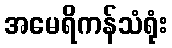
အမေရိကန်သံရုံး